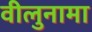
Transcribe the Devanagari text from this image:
वीलुनामा